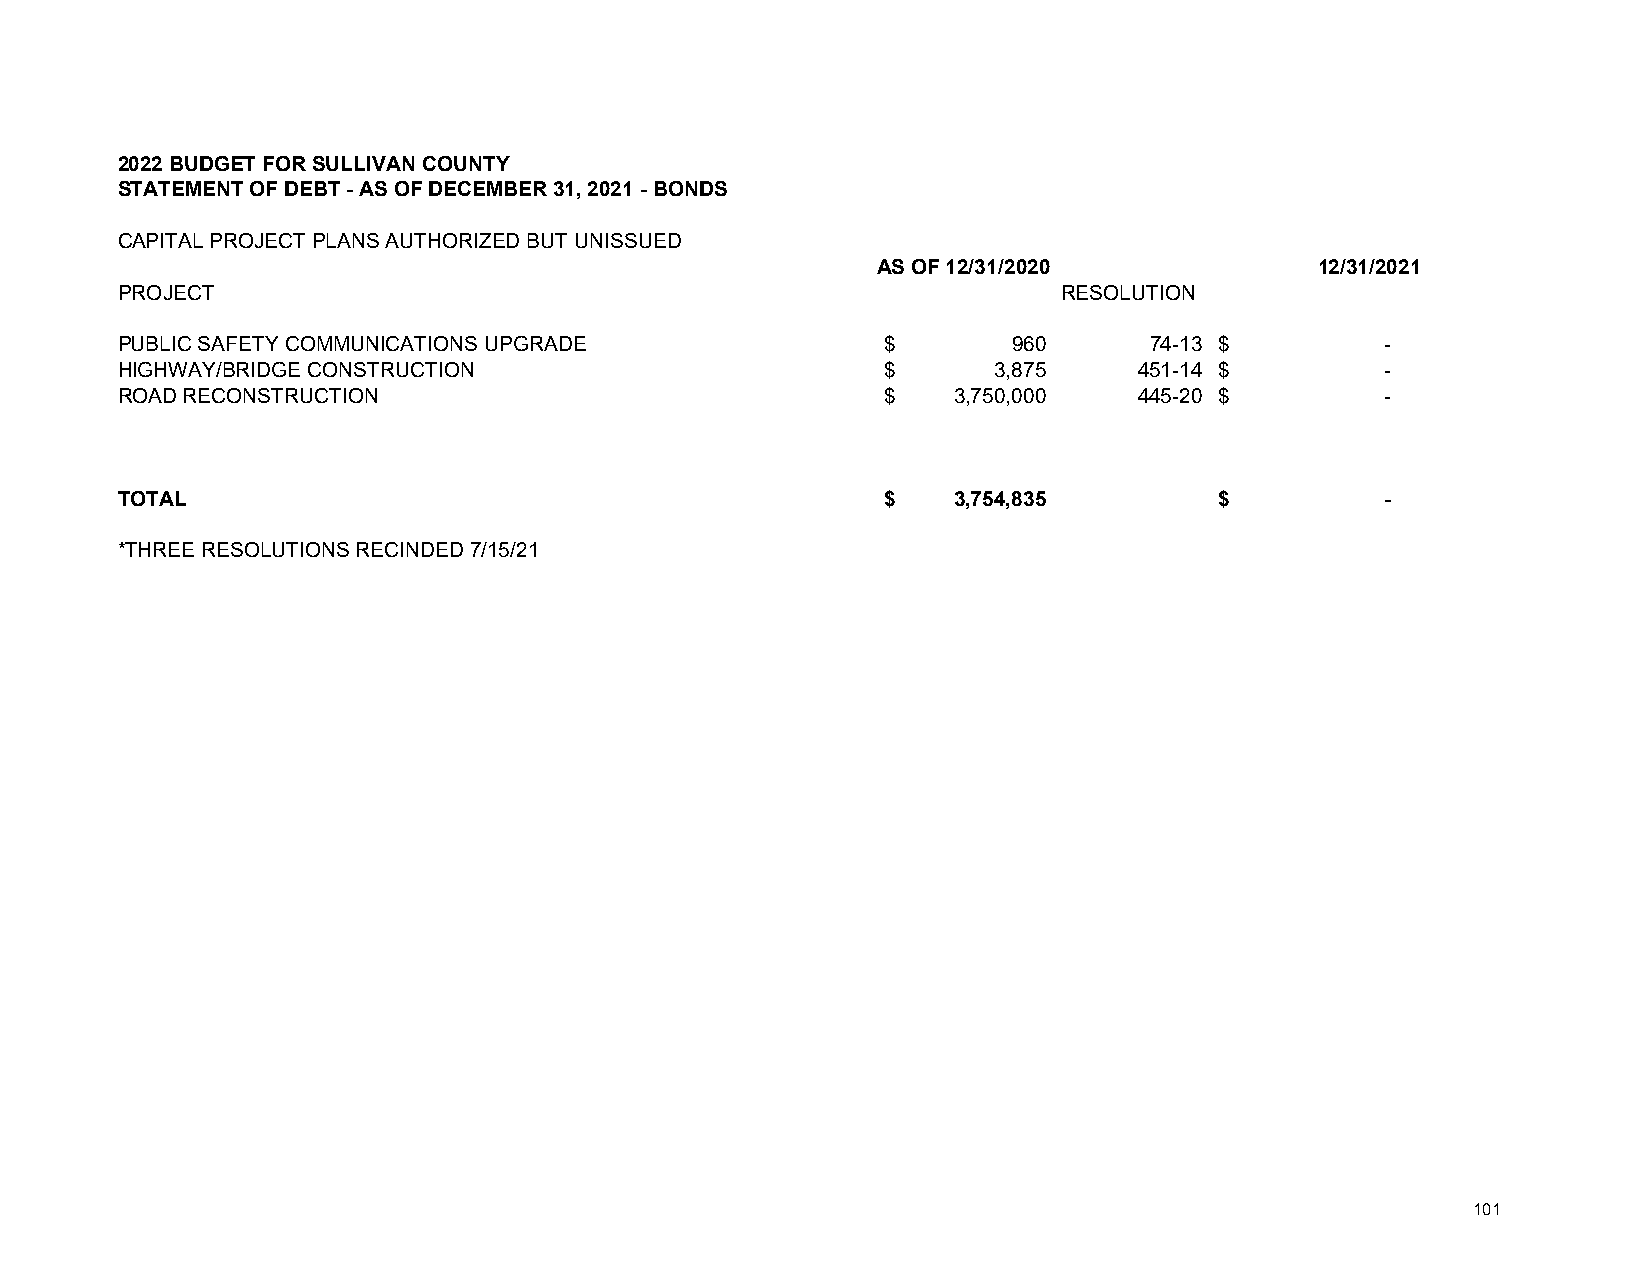
2022 BUDGET FOR SULLIVAN COUNTY
 STATEMENT OF DEBT - AS OF DECEMBER 31, 2021 - BONDS
 CAPITAL PROJECT PLANS AUTHORIZED BUT UNISSUED
 AS OF 12/31/2020             12/31/2021
 PROJECT                                                       RESOLUTION
 PUBLIC SAFETY COMMUNICATIONS UPGRADE              $        960      74-13 $         -
 HIGHWAY/BRIDGE CONSTRUCTION                       $       3,875    451-14 $         -
 ROAD RECONSTRUCTION                               $    3,750,000   445-20 $         -
 TOTAL                                             $    3,754,835         $          -
 *THREE RESOLUTIONS RECINDED 7/15/21
 101